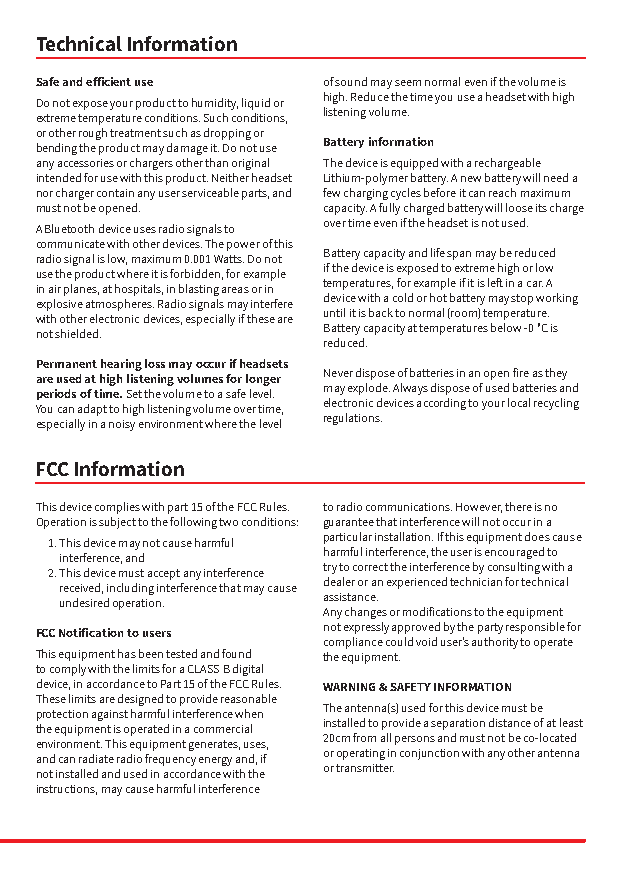
Technical Information
 Safe and efficient use of sound may seem normal even if the volume is
 Do not expose your product to humidity, liquid or high. Reduce the time you use a headset with high
 extreme temperature conditions. Such conditions, listening volume.
 or other rough treatment such as dropping or
 bending the product may damage it. Do not use Battery information
 any accessories or chargers other than original The device is equipped with a rechargeable
 intended for use with this product. Neither headset Lithium-polymer battery. A new battery will need a
 nor charger contain any user serviceable parts, and few charging cycles before it can reach maximum
 must not be opened. capacity. A fully charged battery will loose its charge
 A Bluetooth device uses radio signals to over time even if the headset is not used.
 communicate with other devices. The power of this
 radio signal is low, maximum 0.001 Watts. Do not Battery capacity and life span may be reduced
 use the product where it is forbidden, for example if the device is exposed to extreme high or low
 in air planes, at hospitals, in blasting areas or in temperatures, for example if it is left in a car. A
 explosive atmospheres. Radio signals may interfere device with a cold or hot battery may stop working
 with other electronic devices, especially if these are until it is back to normal (room) temperature.
 not shielded.      Battery capacity at temperatures below -0 °C is
 reduced.
 Permanent hearing loss may occur if headsets
 Never dispose of batteries in an open fire as they
 are used at high listening volumes for longer
 periods of time. Set the volume to a safe level. may explode. Always dispose of used batteries and
 You can adapt to high listening volume over time, electronic devices according to your local recycling
 especially in a noisy environment where the level regulations.
 FCC Information
 This device complies with part 15 of the FCC Rules. to radio communications. However, there is no
 Operation is subject to the following two conditions: guarantee that interference will not occur in a
 1. This device may not cause harmful particular installation. If this equipment does cause
 interference, and harmful interference, the user is encouraged to
 2. This device must accept any interference try to correct the interference by consulting with a
 received, including interference that may cause dealer or an experienced technician for technical
 undesired operation. assistance.
 Any changes or modifications to the equipment
 not expressly approved by the party responsible for
 FCC Notification to users
 compliance could void user’s authority to operate
 This equipment has been tested and found the equipment.
 to comply with the limits for a CLASS B digital
 device, in accordance to Part 15 of the FCC Rules. WARNING & SAFETY INFORMATION
 These limits are designed to provide reasonable
 protection against harmful interference when The antenna(s) used for this device must be
 the equipment is operated in a commercial installed to provide a separation distance of at least
 environment. This equipment generates, uses, 20cm from all persons and must not be co-located
 and can radiate radio frequency energy and, if or operating in conjunction with any other antenna
 not installed and used in accordance with the or transmitter.
 instructions, may cause harmful interference